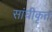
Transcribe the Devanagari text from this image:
सांघीकृत